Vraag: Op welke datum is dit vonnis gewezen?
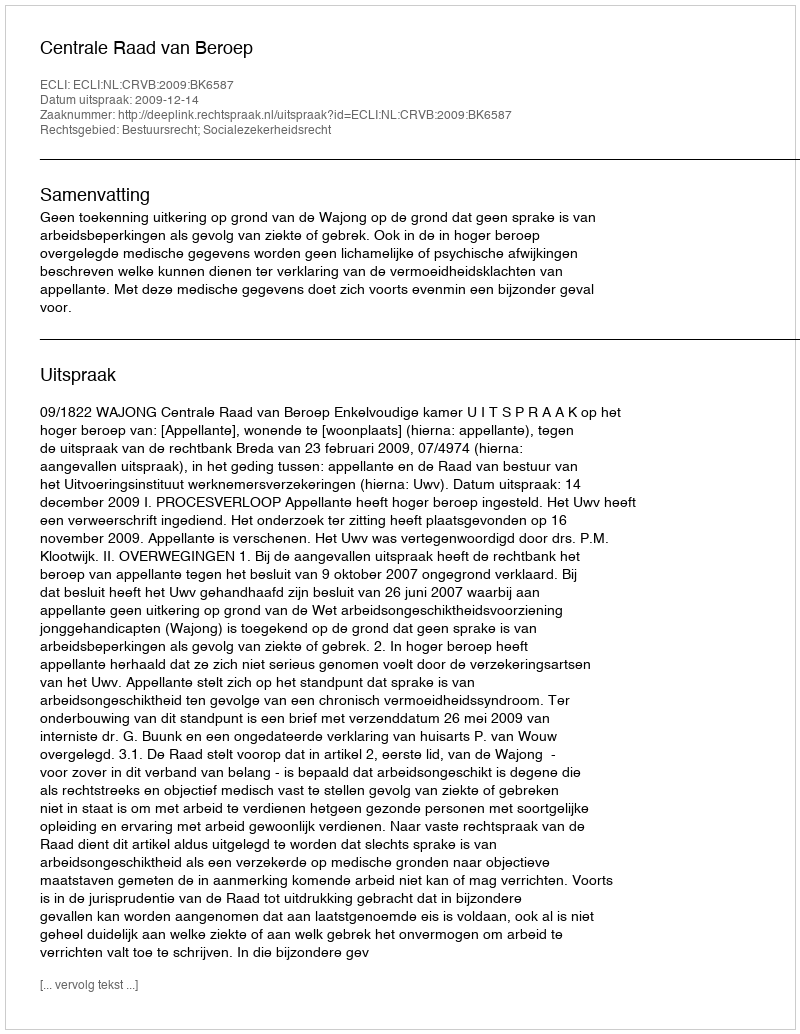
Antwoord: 2009-12-14